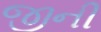
જીની